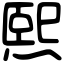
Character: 熙